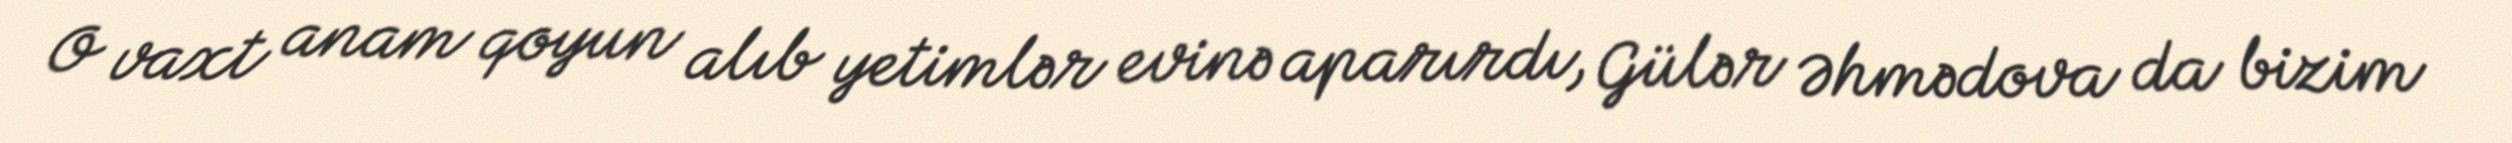
O vaxt anam qoyun alıb yetimlər evinə aparırdı, Gülər Əhmədova da bizim